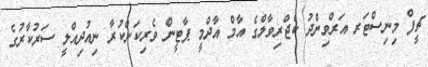
ޗީފް މިނިސްޓަރ އަރްވިންދު ކެޖްރިވާލްގެ އާމް އާދްމީ ޕާޓީން ވެރިކަންކުރާ ނިއުދިއްލީ ސަރުކާރުގެ